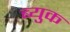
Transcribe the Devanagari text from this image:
ब्युक